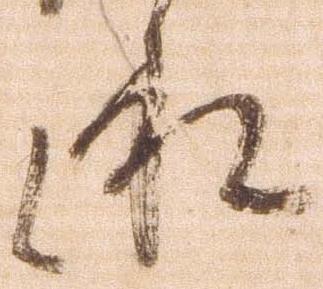
承